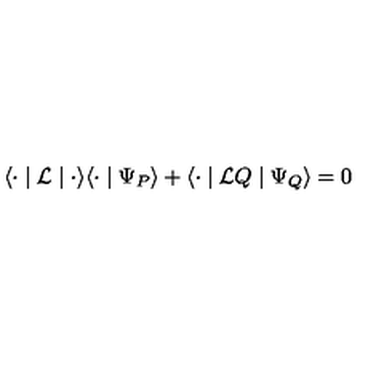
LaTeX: \langle { \bf \cdot } \mid { \cal L } \mid { \bf \cdot } \rangle \langle { \bf \cdot } \mid \Psi _ { P } \rangle + \langle { \bf \cdot } \mid { \cal L } Q \mid \Psi _ { Q } \rangle = 0